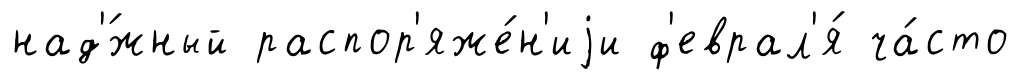
над'́жный распор'яже́н'иjи ф'еврал'я́ ча́сто